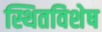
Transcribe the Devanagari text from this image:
स्थितविशेष